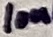
Text: 10n